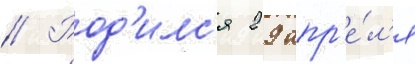
// Род'илс'я 29 апр'е́л'я